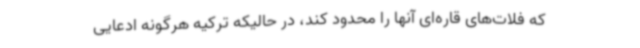
که فلات‌های قاره‌ای آنها را محدود کند، در حالیکه ترکیه هرگونه ادعایی